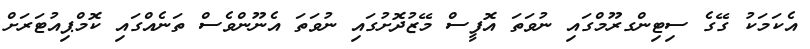
އެކަމަކު ގޭގެ ސިޓިންގރޫމްގައި ނުވަތަ އޮފީސް މޭޒުދޮށުގައި ނުވަތަ އެނޫންވެސް ތަނެއްގައި ކޮމްޕިއުޓަރަށް